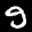
Label: 9